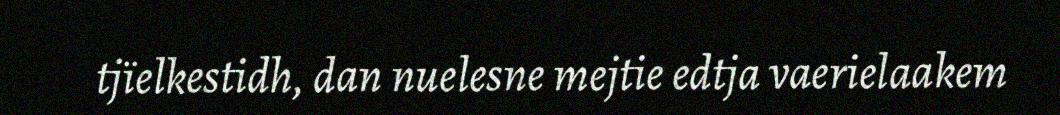
tjïelkestidh, dan nuelesne mejtie edtja vaerielaakem